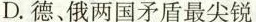
D.德、俄两国矛盾最尖锐